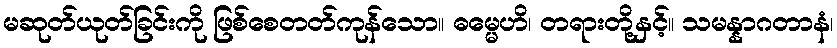
မဆုတ်ယုတ်ခြင်းကို ဖြစ်စေတတ်ကုန်သော။ ဓမ္မေဟိ၊ တရားတို့နှင့်။ သမန္နာဂတာနံ၊